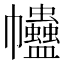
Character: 𧖂